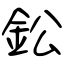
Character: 鈆